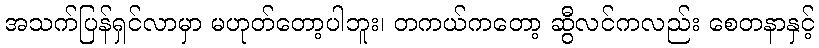
အသက်ပြန်ရှင်လာမှာ မဟုတ်တော့ပါဘူး၊ တကယ်ကတော့ ဆွီလင်ကလည်း စေတနာနှင့်